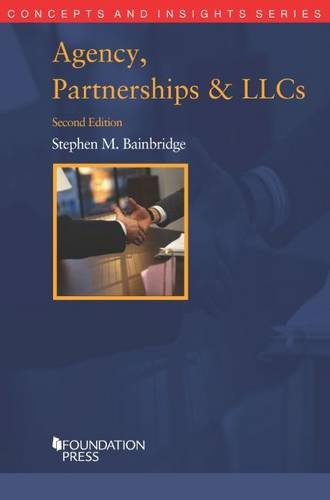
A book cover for Agency, Partnerships and LLCs (Concepts and Insights); Stephen Bainbridge; Law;